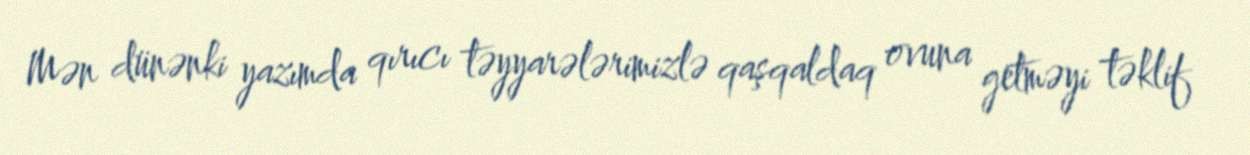
Mən dünənki yazımda qırıcı təyyarələrimizlə qaşqaldaq ovuna getməyi təklif